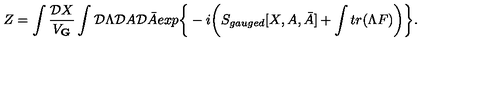
Z = \int { \frac { { \cal D } X } { V _ { \bf G } } } \int { \cal D } \Lambda { \cal D } A { \cal D } \bar { A } e x p \bigg \{ - i \bigg ( S _ { g a u g e d } [ X , A , \bar { A } ] + \int t r ( \Lambda F ) \bigg ) \bigg \} .